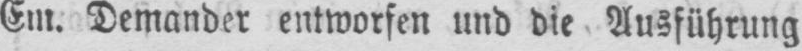
Em. Demander entworfen und die Ausführung